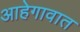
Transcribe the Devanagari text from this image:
आहेगावात